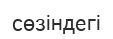
сөзіндегі